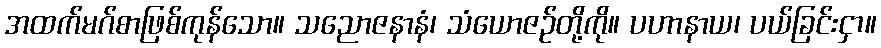
အထက်မဂ်စာဖြစ်ကုန်သော။ သညောဇနာနံ၊ သံယောဇဉ်တို့ကို။ ပဟာနာယ၊ ပယ်ခြင်းငှာ။